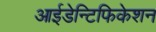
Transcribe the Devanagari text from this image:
आईडेन्टिफिकेशन